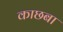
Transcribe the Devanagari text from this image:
काछबा